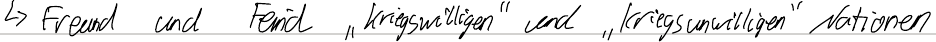
-> Freund und Feind "kriegswilligen" und "kriegsunwilligen" Nationen